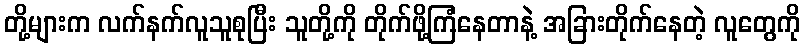
တို့များက လက်နက်လူသူစုပြီး သူတို့ကို တိုက်ဖို့ကြံနေတာနဲ့ အခြားတိုက်နေတဲ့ လူတွေကို